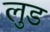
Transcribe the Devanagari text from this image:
लुड